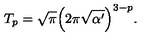
T _ { p } = \sqrt { \pi } \Big ( 2 \pi \sqrt { \alpha ^ { \prime } } \Big ) ^ { 3 - p } . \nonumber